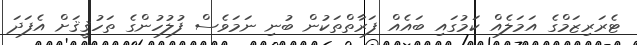
ޓެރަރިޒަމްގެ އަމަލެއް ކަމުގައި ބައެއް ފަރާތްތަކުން ބުނި ނަމަވެސް ފުލުހުންގެ ތަހުޤީޤަށް އެފަދަ